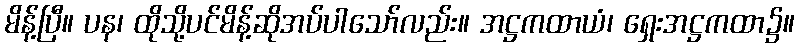
မိန့်ပြီ။ ပန၊ ထိုသို့ပင်မိန့်ဆိုအပ်ပါသော်လည်း။ အဋ္ဌကထာယံ၊ ရှေးအဋ္ဌကထာ၌။